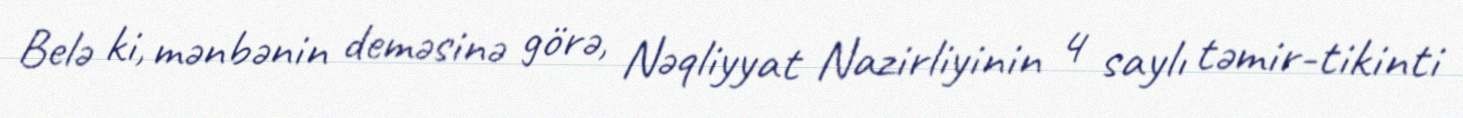
Belə ki, mənbənin deməsinə görə, Nəqliyyat Nazirliyinin 4 saylı təmir-tikinti